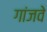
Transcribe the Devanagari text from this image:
गांजवे